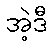
အဲ့ဒီ